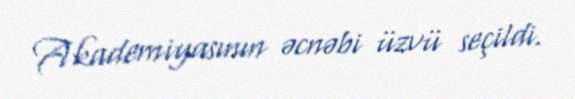
Akademiyasının əcnəbi üzvü seçildi.